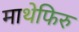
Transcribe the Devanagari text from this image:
माथेफिरु